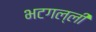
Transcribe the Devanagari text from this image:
भटगल्ली